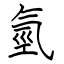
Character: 氫